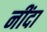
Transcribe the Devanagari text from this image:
नींदा